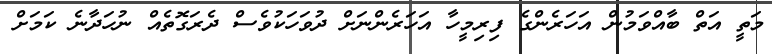
މަތީ އަތް ބާއްވަމުން އަހަރެންގެ ފިރިމީހާ އަހަރެންނަށް ދުވަހަކުވެސް ދެރަގޮތެއް ނުހަދާނެ ކަމަށް